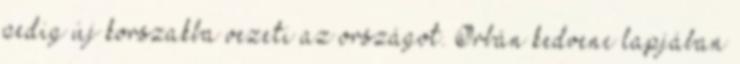
pedig új korszakba vezeti az országot. Orbán kedvenc lapjában